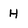
Character: H